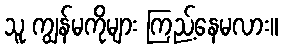
သူ ကျွန်မကိုများ ကြည့်နေမလား။